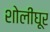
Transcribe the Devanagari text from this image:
शोलींघूर